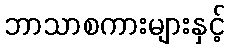
ဘာသာစကားများနှင့်